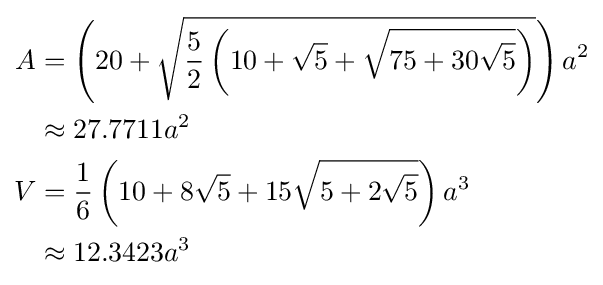
{\begin{aligned}A&=\left(20+{\sqrt {{\frac {5}{2}}\left(10+{\sqrt {5}}+{\sqrt {75+30{\sqrt {5}}}}\right)}}\right)a^{2}\\&\approx 27.7711a^{2}\\V&={\frac {1}{6}}\left(10+8{\sqrt {5}}+15{\sqrt {5+2{\sqrt {5}}}}\right)a^{3}\\&\approx 12.3423a^{3}\end{aligned}}